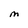
Character: M